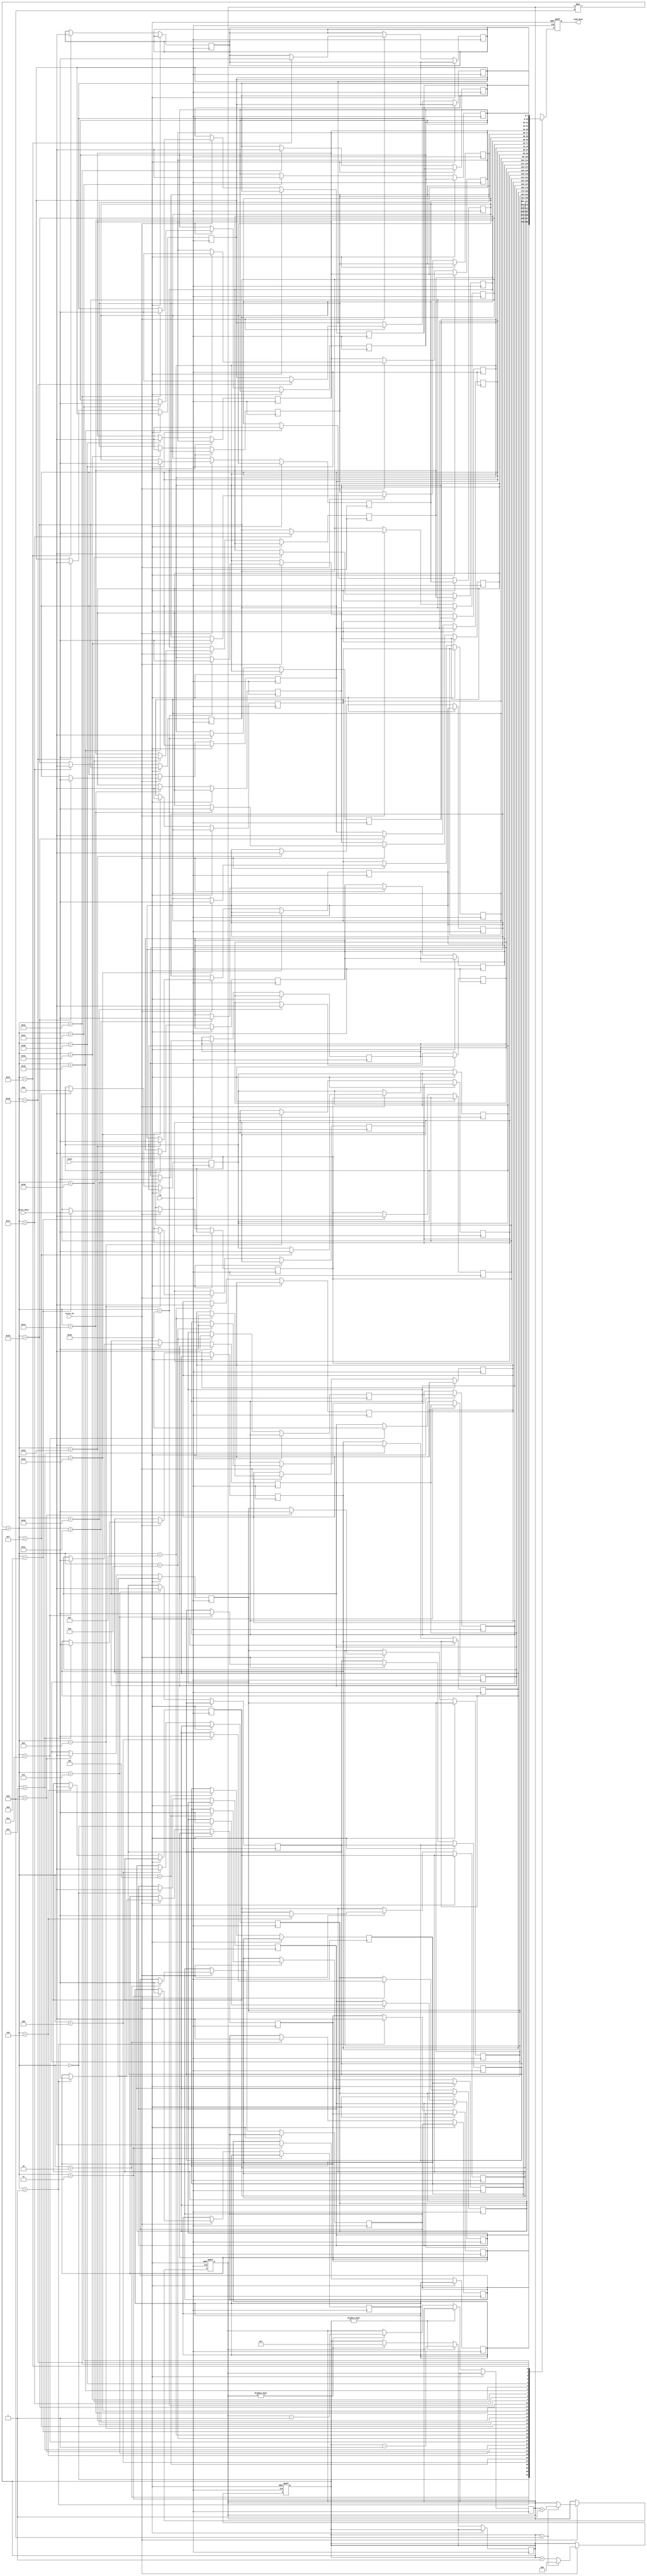
module MemoryBlocksStackRegisterFile (
    input wire clk,                 // Clock signal
    input wire reset,               // Reset signal
    input wire write_en,            // Write enable signal
    input wire [DATA_WIDTH-1:0] write_data, // Data to be written

    output reg [DATA_WIDTH-1:0] read_data // Data read from register file
);

parameter NUM_BLOCKS = 4;          // Number of memory blocks
parameter NUM_REGISTERS = 8;       // Number of registers per block
parameter DATA_WIDTH = 8;          // Data width

reg [DATA_WIDTH-1:0] memory [NUM_BLOCKS-1:0][NUM_REGISTERS-1:0]; // Memory blocks stack register file

reg [3:0] top_block = 0;          // Top memory block index
reg [3:0] top_register = 0;       // Top register index in the top memory block

always @(posedge clk or posedge reset) begin
    if (reset) begin
        top_block <= 0;
        top_register <= 0;
    end else begin
        if (write_en) begin
            memory[top_block][top_register] <= write_data;
            top_register <= top_register + 1;
            if (top_register == NUM_REGISTERS) begin
                top_block <= top_block + 1;
                top_register <= 0;
            end
        end
    end
end

always @(posedge clk or posedge reset) begin
    if (reset) begin
        read_data <= 0;
    end else begin
        read_data <= memory[top_block][top_register];
        memory[top_block][top_register] <= 0;
        if (top_register != 0) begin
            top_register <= top_register - 1;
        end else begin
            if (top_block != 0) begin
                top_block <= top_block - 1;
                top_register <= NUM_REGISTERS - 1;
            end
        end
    end
end

endmodule